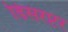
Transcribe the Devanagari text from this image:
डिसरप्टर